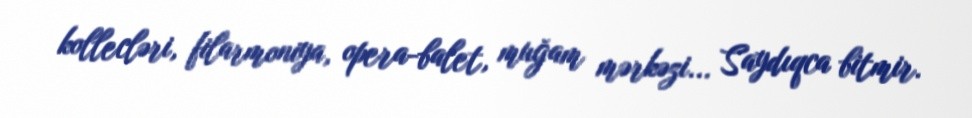
kollecləri, filarmoniya, opera-balet, muğam mərkəzi... Saydıqca bitmir.